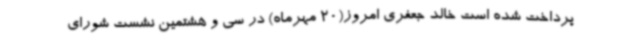
پرداخت شده است خالد جعفری امروز(20 مهرماه) در سی و هشتمین نشست شورای